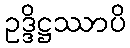
ဥဒ္ဒိဋ္ဌဿာပိ